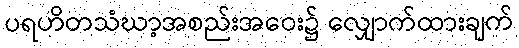
ပရဟိတသံဃာ့အစည်းအဝေး၌ လျှောက်ထားချက်